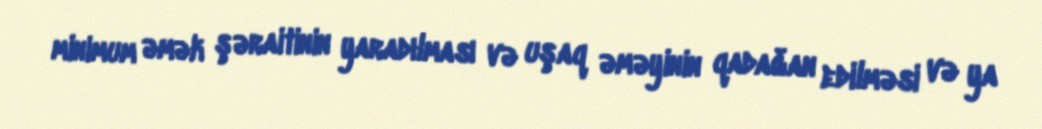
minimum əmək şəraitinin yaradılması və uşaq əməyinin qadağan edilməsi və ya